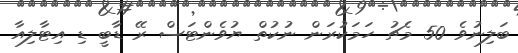
ބަލިނުވެ 50 މެޗު ހަމަކުރަން ނުކުތް ޔުވެންޓަސް ރޭ ޑާބީ ޑި އިޓާލިއާ